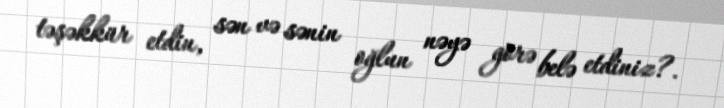
təşəkkür etdin, sən və sənin oğlun nəyə görə belə etdiniz?.